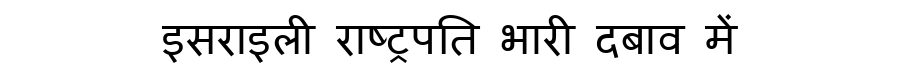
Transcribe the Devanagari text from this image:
इसराइली राष्ट्रपति भारी दबाव में